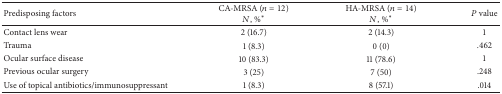
| Predisposing factors | CA-MRSA (n = 12)N, %* | HA-MRSA (n = 14)N, %* | P value |
 | --- | --- | --- | --- |
 | Contact lens wear | 2 (16.7) | 2 (14.3) | 1 |
 | Trauma | 1 (8.3) | 0 (0) | .462 |
 | Ocular surface disease | 10 (83.3) | 11 (78.6) | 1 |
 | Previous ocular surgery | 3 (25) | 7 (50) | .248 |
 | Use of topical antibiotics/immunosuppressant | 1 (8.3) | 8 (57.1) | .014 |